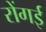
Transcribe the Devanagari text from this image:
रोंगई